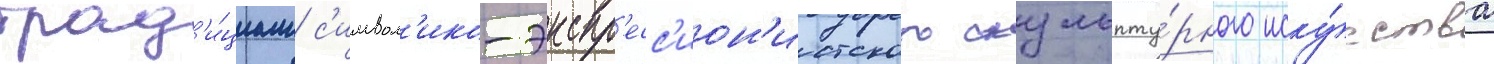
трад'и́циам с'имвол'ико-экспр'есс'ион'истского скульпту́рного иску́сства